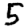
Digit: 5